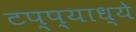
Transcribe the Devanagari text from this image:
टप्प्याध्ये